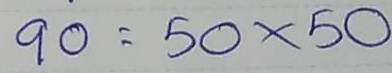
90 = 50 x. 50